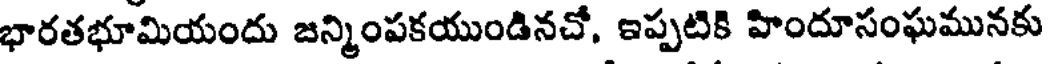
భారతభూమియందు జన్మింపకయుండినచో, ఇప్పటికి హిందూసంఘమునకు